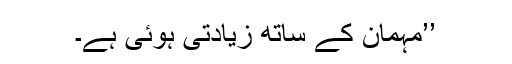
’’مہمان کے ساتھ زیادتی ہوئی ہے۔